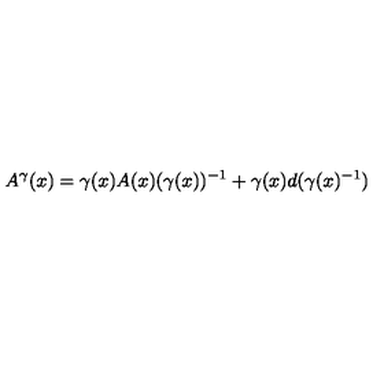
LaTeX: A ^ { \gamma } ( x ) = \gamma ( x ) A ( x ) ( \gamma ( x ) ) ^ { - 1 } + \gamma ( x ) d ( \gamma ( x ) ^ { - 1 } )